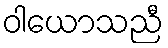
ဝါယောသညီ